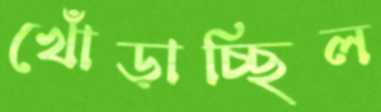
খোঁড়াচ্ছিল